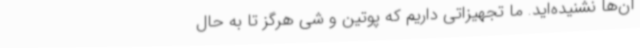
آن‌ها نشنیده‌اید. ما تجهیزاتی داریم که پوتین و شی هرگز تا به حال